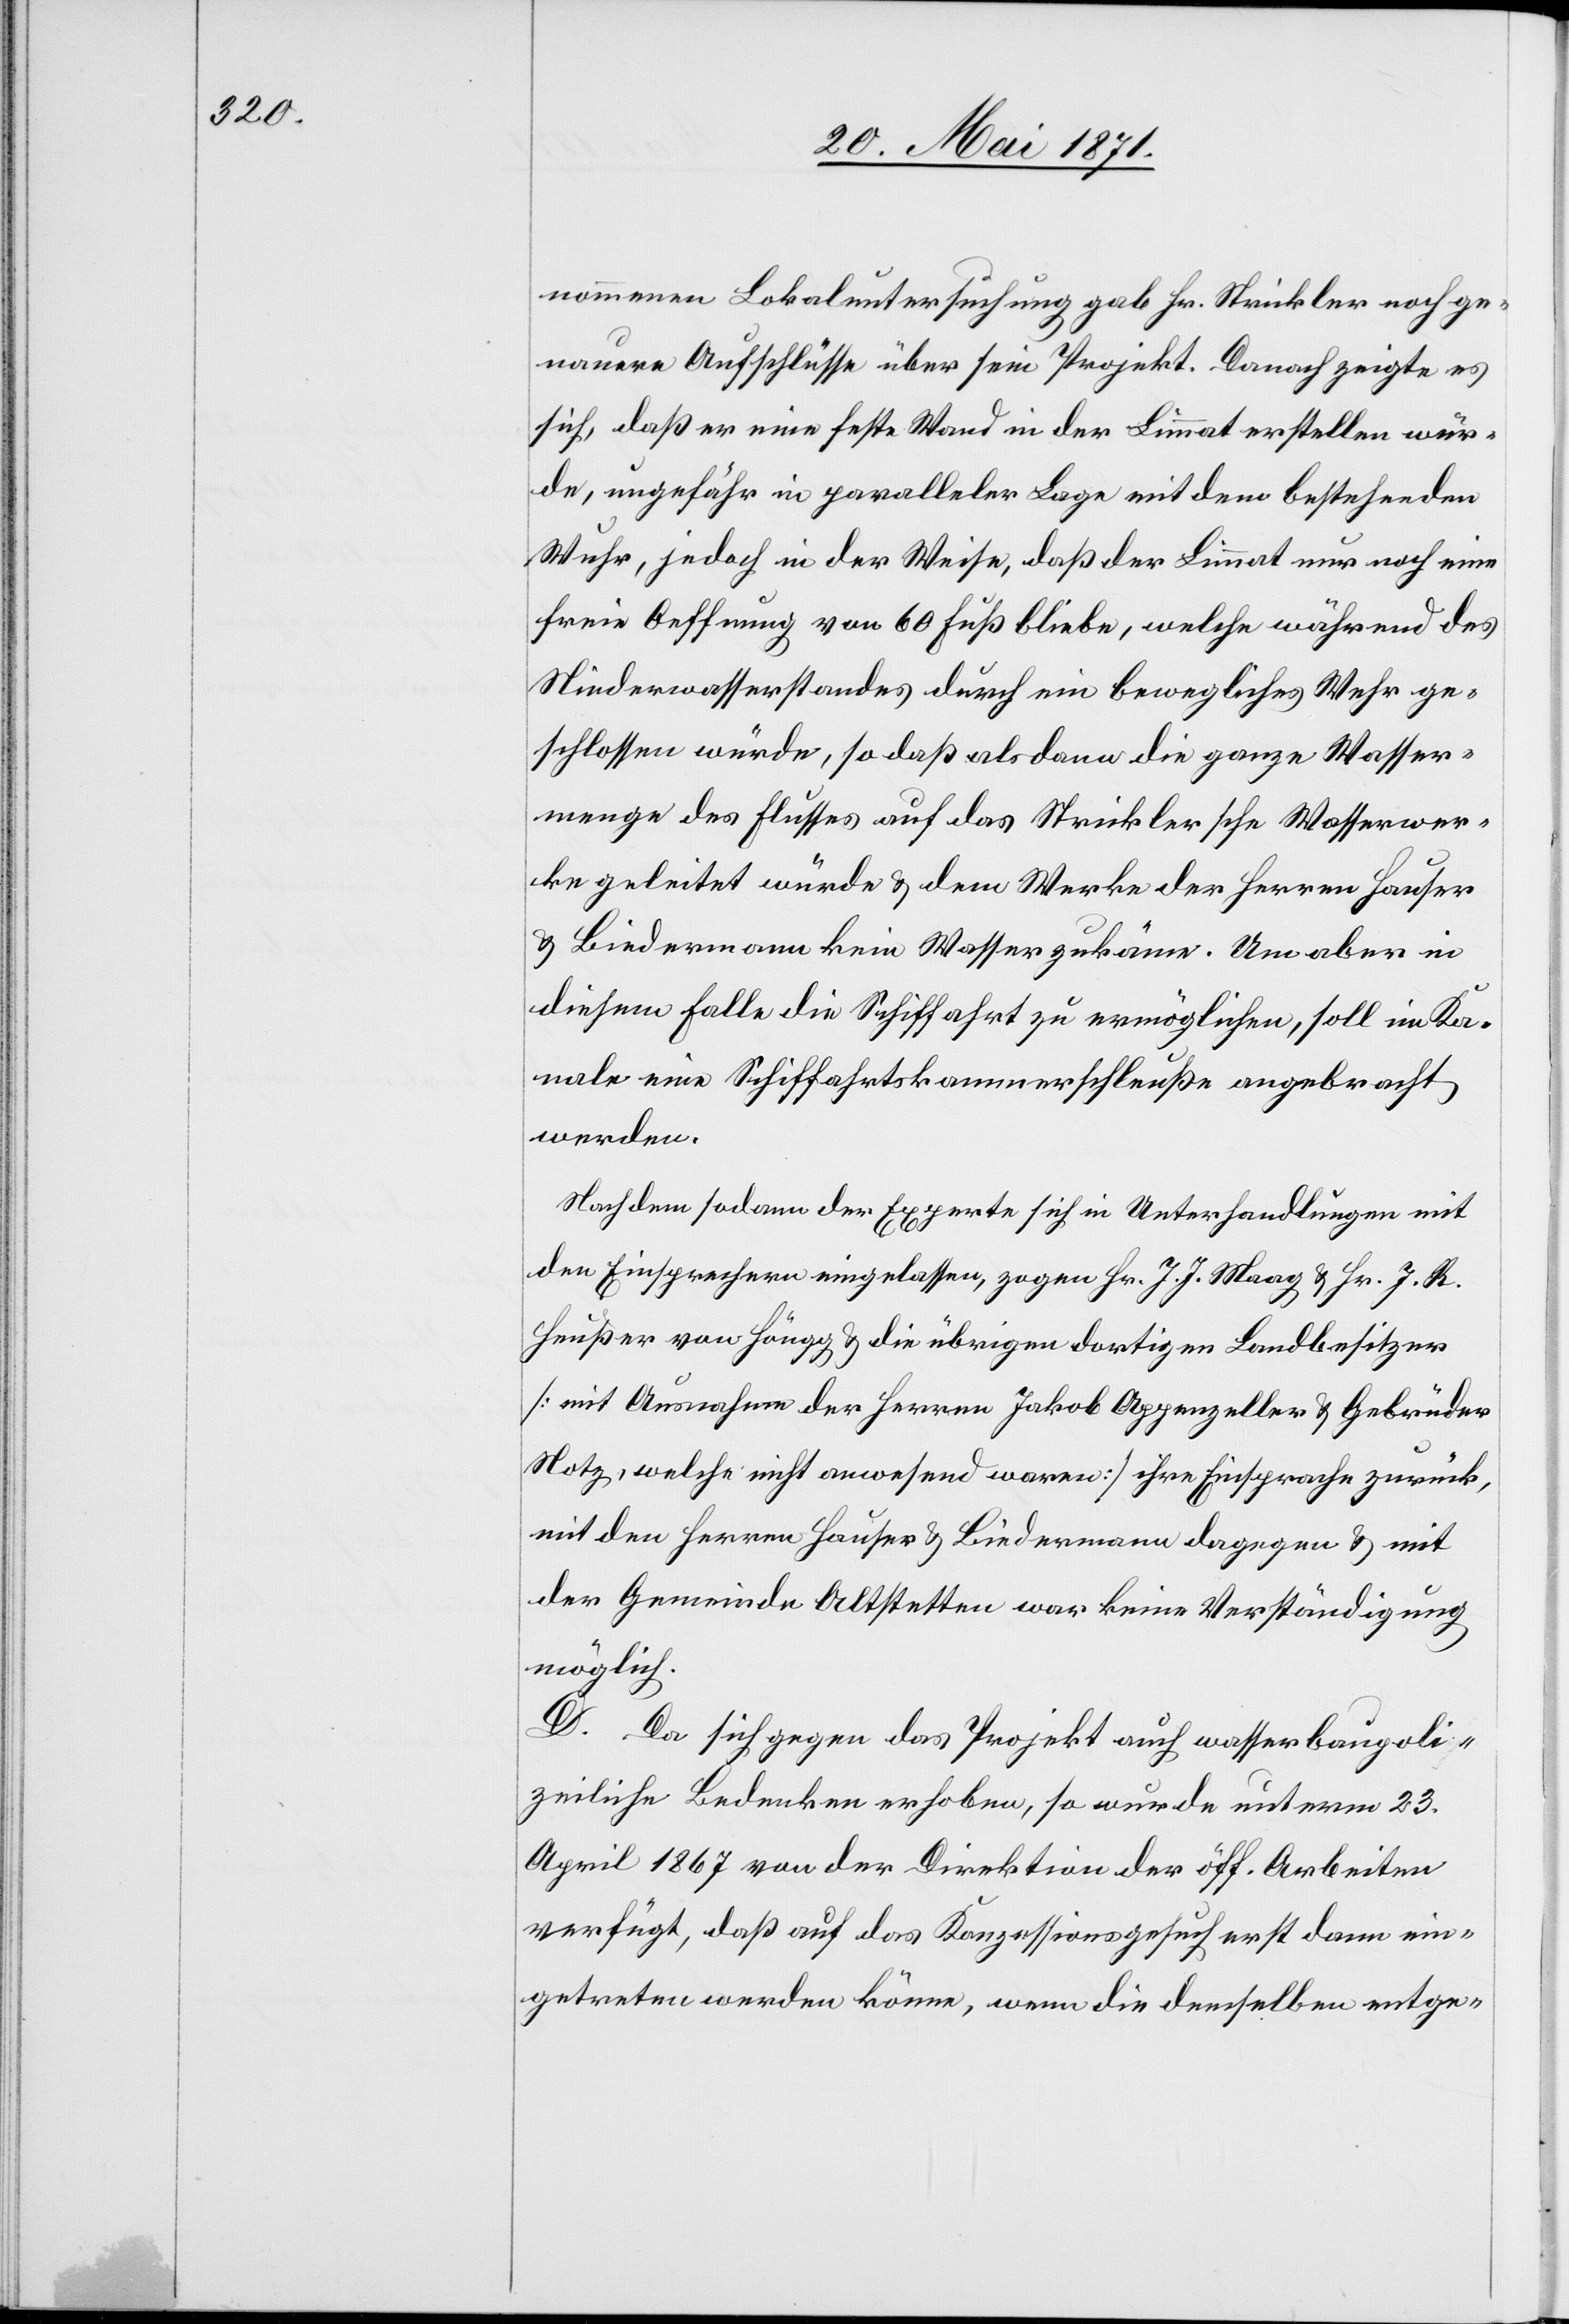
nommenen Lokaluntersuchung gab Hr. Strickler noch ge¬
nauere Aufschlüsse über sein Projekt. Danach zeigte es
sich, daß er eine feste Wand in der Limmat erstellen wür¬
de, ungefähr in paralleler Lage mit dem bestehenden
Wuhr, jedoch in der Weise, daß der Limmat nur noch eine
freie Oeffnung von 60 Fuß bliebe, welche während des
Niederwasserstandes durch ein bewegliches Wuhr ge¬
schlossen würde, so daß alsdann die ganze Wasser¬
menge des Flusses auf das Strickler’sche Wasserwer¬
ke geleitet würde u. dem Werke der Herren Hauer
u. Biedermann kein Wasser zukäme. Um aber in
diesem Falle die Schiffahrt zu ermöglichen, soll im Ka¬
nale eine Schiffahrtskammerschleuße angebracht
werden.
Nach dem sodann der Experte sich in Unterhandlungen mit
den Einsprechern eingelassen, zogen Hr. J. J. Maag u. Hr. J. R.
Heußer von Höngg u. die übrigen dortigen Landbesitzer
[mit Ausnahme der Herren Jakob Appenzeller u. Gebrüder
Notz, welche nicht anwesend waren] ihre Einsprache zurück,
mit den Herren Hauser u. Biedermann dagegen u. mit
der Gemeinde Altstetten war keine Verständigung
möglich.
D. Da sich gegen das Projekt auch wasserbaupoli¬
zeiliche Bedenken erhoben, so wurde unterm 23.
April von der Direktion der öff. Arbeiten
verfügt, daß auf das Konzessionsgesuch erst dann ein¬
getreten werden könne, wenn die demselben entge-